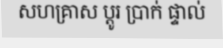
សហគ្រាស ប្តូរ ប្រាក់ ផ្ទាល់